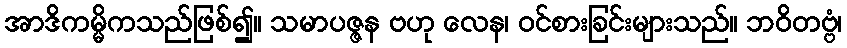
အာဒိကမ္မိကသည်ဖြစ်၍။ သမာပဇ္ဇန ဗဟု လေန၊ ဝင်စားခြင်းများသည်။ ဘဝိတဗ္ဗံ၊